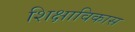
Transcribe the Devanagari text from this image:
शिक्षाविकास